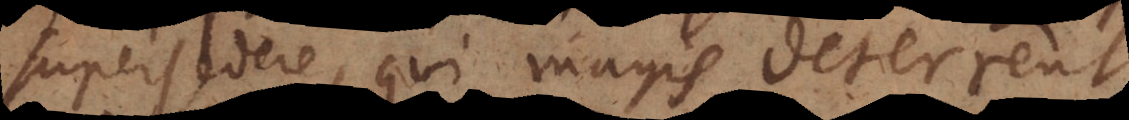
supersedere, qui magis deterrent.